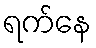
ရက်နေ